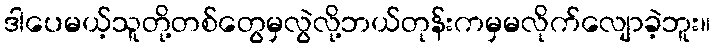
ဒါပေမယ့်သူတို့တစ်တွေမှလွဲလို့ဘယ်တုန်းကမှမလိုက်လျောခဲ့ဘူး။